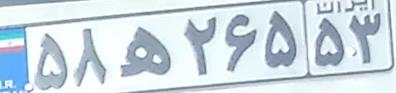
۵۸ه۲۶۵۵۳